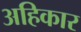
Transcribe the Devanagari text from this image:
अहिकार